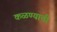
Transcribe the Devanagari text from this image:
कळण्याची